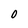
Character: 0